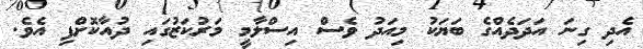
އެދި ގިނަ އަދަދެއްގެ ބަޔަކު މިއަދު ވެސް އިސްލާމީ މަރުކަޒުގައި ދުއާކޮށްފި އެވެ.